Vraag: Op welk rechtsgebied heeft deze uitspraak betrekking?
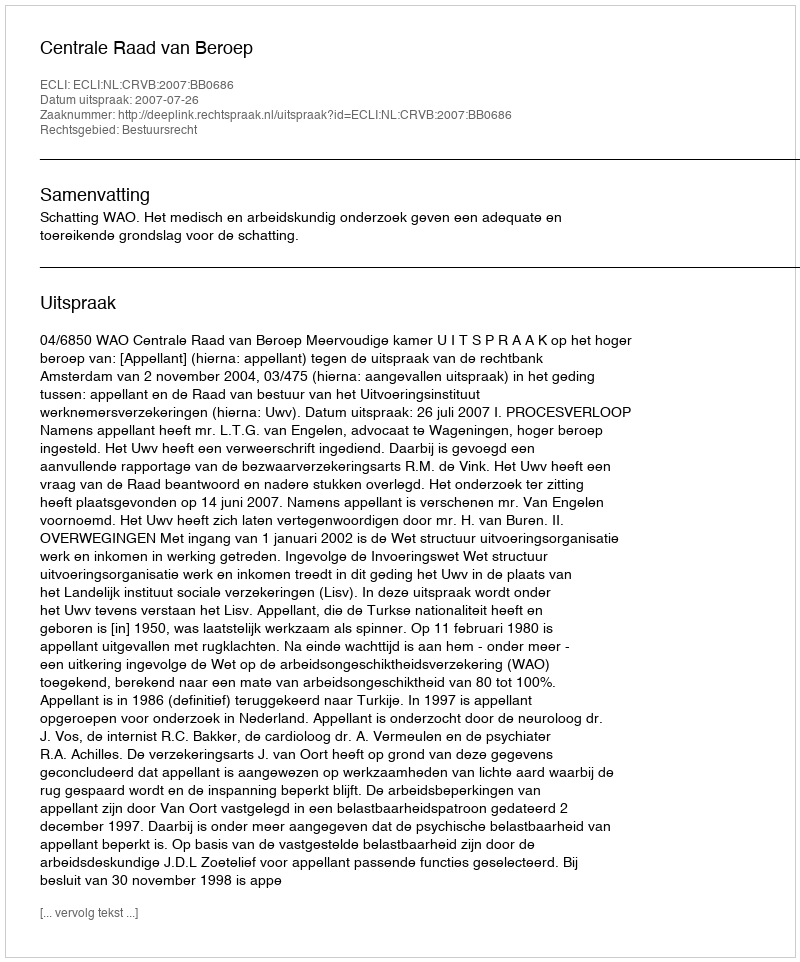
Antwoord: Bestuursrecht